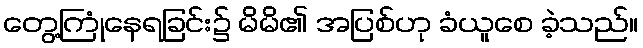
တွေ့ကြုံနေရခြင်း၌ မိမိ၏ အပြစ်ဟု ခံယူစေ ခဲ့သည်။